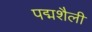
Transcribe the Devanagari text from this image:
पद्मशैली